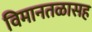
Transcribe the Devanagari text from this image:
विमानतळासह